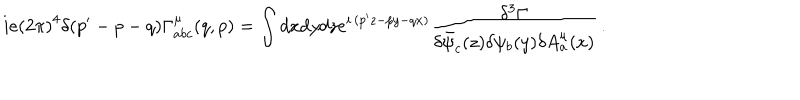
LaTeX: i e \left( 2 \pi \right) ^ { 4 } \delta ( p ^ { \prime } - p - q ) \Gamma _ { a b c } ^ { \mu } ( q , p ) = \int d x d y d z e ^ { i \, ( p ^ { \prime } z - p y - q x ) } { \frac { \delta ^ { 3 } \Gamma } { \delta \bar { \psi } _ { c } ( z ) \delta \psi _ { b } ( y ) \delta A _ { a } ^ { \mu } ( x ) } } \, .